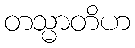
တသ္မာတိဟ